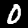
Label: 0